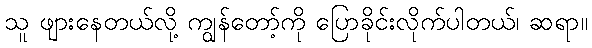
သူ ဖျားနေတယ်လို့ ကျွန်တော့်ကို ပြောခိုင်းလိုက်ပါတယ်၊ ဆရာ။